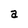
Character: a